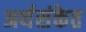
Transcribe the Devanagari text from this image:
अर्थसंकेत